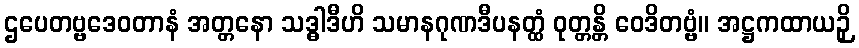
ဌပေတဗ္ဗဒေဝတာနံ အတ္တနော သဒ္ဓါဒီဟိ သမာနဂုဏဒီပနတ္ထံ ဝုတ္တန္တိ ဝေဒိတဗ္ဗံ။ အဋ္ဌကထာယဉှိ